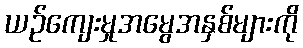
ယဉ်ကျေးမှုအမွေအနှစ်များကို